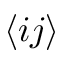
\langle i j \rangle